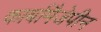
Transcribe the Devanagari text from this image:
कार्बामैजेपीन